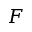
F